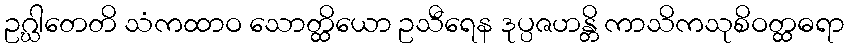
ဥဂ္ဃါတေတိ သံကထာဝ သောတ္ထိယော ဥသီရေန ဒုပ္ပဇဟန္တိ ကာသိကသုစိဝတ္ထဓရာ